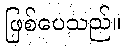
ဖြစ်ပေသည်။